Insane asylums in Bengal annual reports 1876-1887 - 1876-1887
Year: 1876
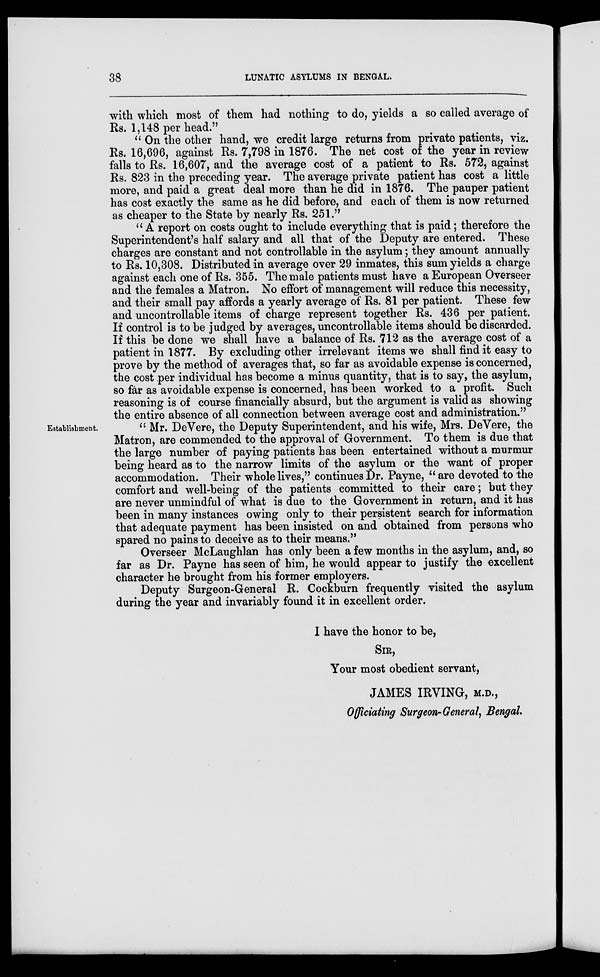
38
LUNATIC ASYLUMS IN BENGAL.
with which most of them had nothing to do, yields a so called average of
Rs. 1,148 per head."
" On the other hand, we credit large returns from private patients, viz.
Rs. 16,696, against Rs. 7,798 in 1876. The net cost of the year in review
falls to Rs. 16,607, and the average cost of a patient to Rs. 572, against
Rs. 823 in the preceding year. The average private patient has cost a little
more, and paid a great deal more than he did in 1876. The pauper patient
has cost exactly the same as he did before, and each of them is now returned
as cheaper to the State by nearly Rs. 251."
" A report on costs ought to include everything that is paid; therefore the
Superintendent's half salary and all that of the Deputy are entered. These
charges are constant and not controllable in the asylum; they amount annually
to Rs. 10,308. Distributed in average over 29 inmates, this sum yields a charge
against each one of Rs. 355. The male patients must have a European Overseer
and the females a Matron. No effort of management will reduce this necessity,
and their small pay affords a yearly average of Rs. 81 per patient. These few
and uncontrollable items of charge represent together Rs. 436 per patient.
If control is to be judged by averages, uncontrollable items should be discarded.
If this be done we shall have a balance of Rs. 712 as the average cost of a
patient in 1877. By excluding other irrelevant items we shall find it easy to
prove by the method of averages that, so far as avoidable expense is concerned,
the cost per individual has become a minus quantity, that is to say, the asylum,
so far as avoidable expense is concerned, has been worked to a profit. Such
reasoning is of course financially absurd, but the argument is valid as showing
the entire absence of all connection between average cost and administration."
Establishment.
" Mr. DeVere, the Deputy Superintendent, and his wife, Mrs. DeVere, the
Matron, are commended to the approval of Government. To them is due that
the large number of paying patients has been entertained without a murmur
being heard as to the narrow limits of the asylum or the want of proper
accommodation. Their whole lives," continues Dr. Payne, " are devoted to the
comfort and well-being of the patients committed to their care; but they
are never unmindful of what is due to the Government in return, and it has
been in many instances owing only to their persistent search for information
that adequate payment has been insisted on and obtained from persons who
spared no pains to deceive as to their means."
Overseer McLaughlan has only been a few months in the asylum, and, so
far as Dr. Payne has seen of him, he would appear to justify the excellent
character he brought from his former employers.
Deputy Surgeon-General R. Cockburn frequently visited the asylum
during the year and invariably found it in excellent order.
I have the honor to be,
SIR,
Your most obedient servant,
JAMES IRVING, M.D.,
Officiating Surgeon-General, Bengal.